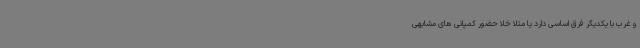
و غرب با یکدیگر فرق اساسی دارد یا مثلا خلا حضور کمپانی های مشابهی